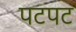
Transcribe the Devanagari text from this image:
पटपट